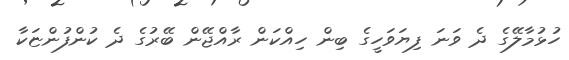
ހުޅުމާލޭގެ ދެ ވަނަ ފިޔަވަހީގެ ބިން ހިއްކަން ރާއްޖޭން ބޭރުގެ ދެ ކުންފުންޏަކާ